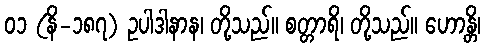
၀၁ (နိ-၁၈၇) ဥပါဒါနာန၊ တို့သည်။ စတ္တာရိ၊ တို့သည်။ ဟောန္တိ၊